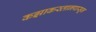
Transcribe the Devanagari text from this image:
कझाकस्तानपासून